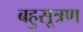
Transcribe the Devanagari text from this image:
बहुसूत्रण